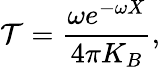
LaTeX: {\cal T}=\frac{\omega e^{-\omega X}}{4\pi K_{B}},